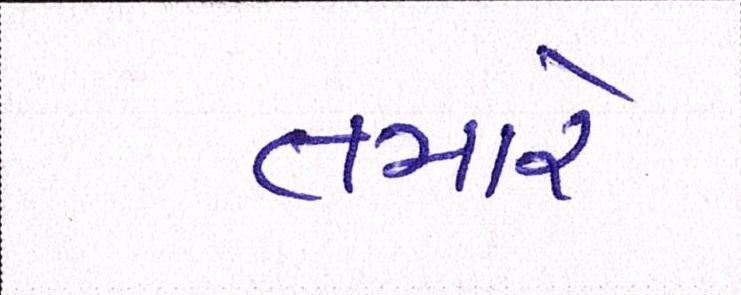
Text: તમારે